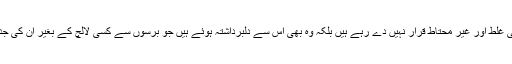
ایران میں دیے گئے ان کے مؤقف کو ان کے سیاسی مخالف ہی غلط اور غیر محتاط قرار نہیں دے رہے ہیں بلکہ وہ بھی اس سے دلبرداشتہ ہوئے ہیں جو برسوں سے کسی لالچ کے بغیر ان کی جدوجہد میں شریک تبدیلی کے نعرے کے سحر میں مبتلا تھے۔